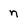
Character: n